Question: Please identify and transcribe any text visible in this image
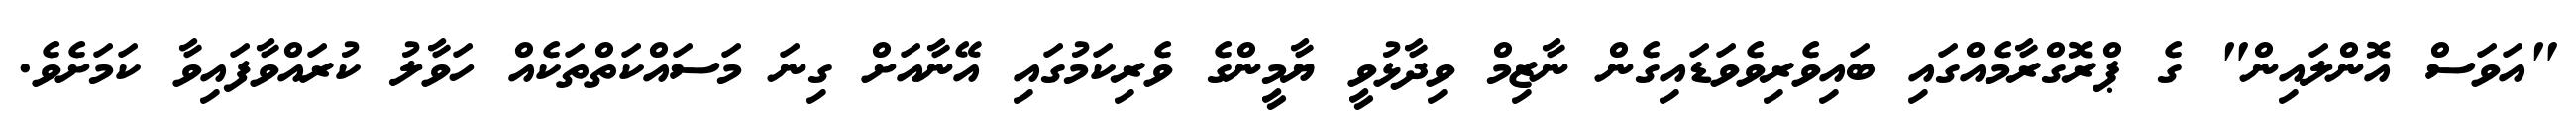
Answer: "އަވަސް އޮންލައިން" ގެ ޕްރޮގްރާމެއްގައި ބައިވެރިވެވަޑައިގެން ނާޒިމް ވިދާޅުވީ ޔާމީންގެ ވެރިކަމުގައި އޭނާއަށް ގިނަ މަސައްކަތްތަކެއް ހަވާލު ކުރައްވާފައިވާ ކަމަށެވެ.